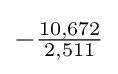
-{\tfrac {10,672}{2,511}}